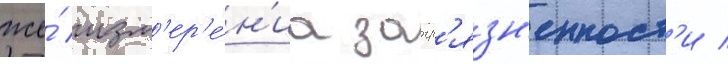
же́ изм'ер'е́н'иа загр'язн'енност'и /